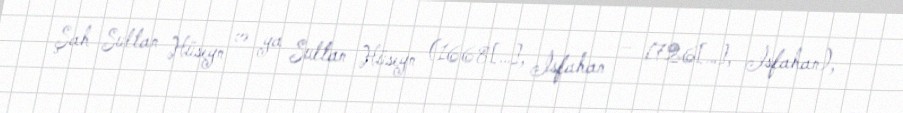
Şah Sultan Hüseyn və ya Sultan Hüseyn (1668[…], İsfahan – 1726[…], İsfahan),